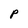
Character: P